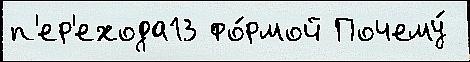
п'ер'ехода13 фо́рмой Почему́